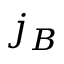
j _ { B }